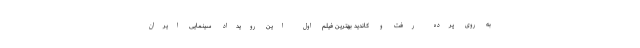
به روی پرده رفت و کاندید بهترین فیلم اول این رویداد سینمایی ایران